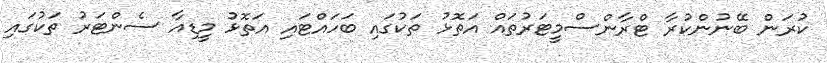
ކުރަން ބޭނުންކުރާ ޓްރާންސްމީޓަރުތައް އަތޮޅު ތަކުގައި ބަހައްޓައި އަތޮޅު މީޑިއާ ސެންޓަރު ތަކުގައި